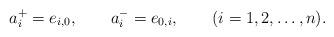
LaTeX: \begin{align*}a_i^+= e_{i,0}, \qquad a_i^-=e_{0,i},\qquad (i=1,2,\ldots,n).\end{align*}